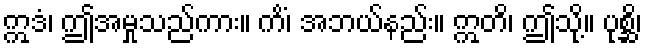
ဣဒံ၊ ဤအမှုသည်ကား။ ကိံ၊ အဘယ်နည်း။ ဣတိ၊ ဤသို့။ ပုစ္ဆိ၊